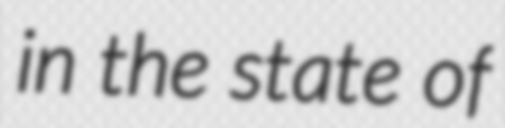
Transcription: in the state of